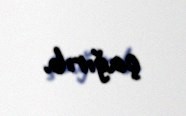
çağırıb.